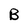
Character: B